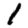
Digit: 1